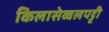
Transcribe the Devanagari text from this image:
किलासेव्वलपट्टी